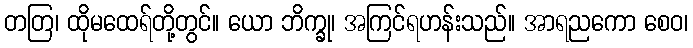
တတြ၊ ထိုမထေရ်တို့တွင်။ ယော ဘိက္ခု၊ အကြင်ရဟန်းသည်။ အာရညကော စေဝ၊